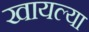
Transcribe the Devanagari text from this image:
खायल्या